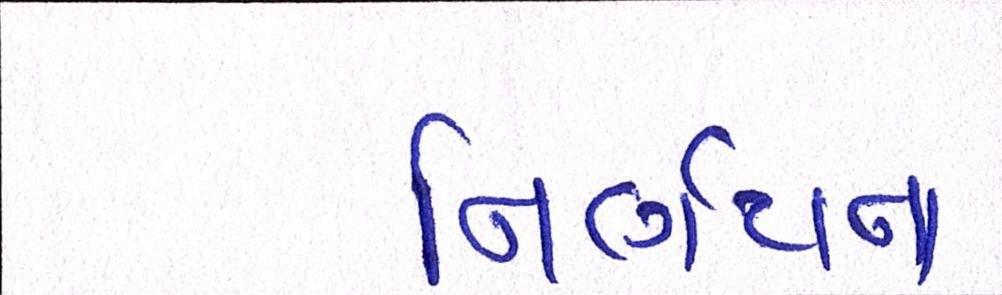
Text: નિર્ણયના